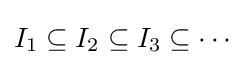
I_{1}\subseteq I_{2}\subseteq I_{3}\subseteq \cdots